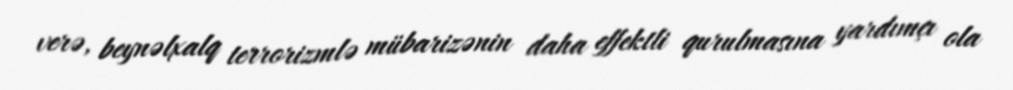
verə, beynəlxalq terrorizmlə mübarizənin daha effektli qurulmasına yardımçı ola